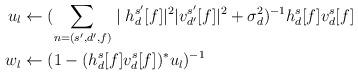
LaTeX: \begin{align*}u_{l}&\leftarrow(\sum_{n=(s',d',f)}\mid h_{d}^{s'}[f]|^{2}|v_{d'}^{s'}[f]|^{2}+\sigma_{d}^{2})^{-1}h_{d}^{s}[f]v_{d}^{s}[f]\\w_{l}&\leftarrow (1-(h_{d}^{s}[f]v_{d}^{s}[f])^{*}u_{l})^{-1}\end{align*}